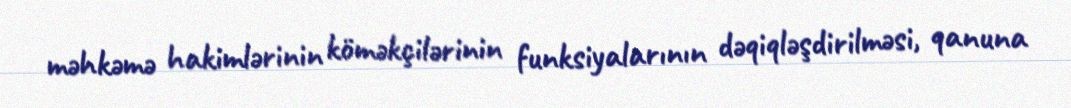
məhkəmə hakimlərinin köməkçilərinin funksiyalarının dəqiqləşdirilməsi, qanuna